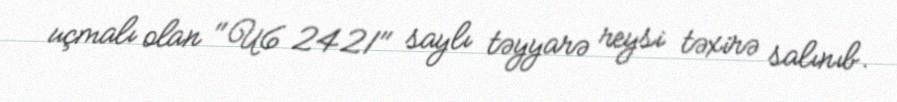
uçmalı olan "U6 2421" saylı təyyarə reysi təxirə salınıb.